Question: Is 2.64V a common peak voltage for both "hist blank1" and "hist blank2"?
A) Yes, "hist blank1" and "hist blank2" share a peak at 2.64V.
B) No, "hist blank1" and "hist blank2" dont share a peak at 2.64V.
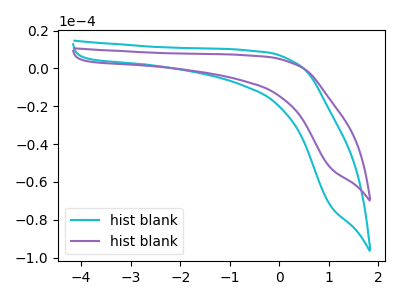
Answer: <think>The cyan curve "hist blank1" has no peaks. The purple curve "hist blank2" has no peaks.</think>
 <answer>B) No, "hist blank1" and "hist blank2" dont share a peak at 2.64V.</answer>
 <eval>B</eval>